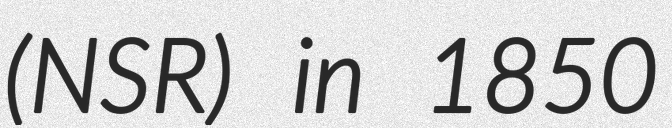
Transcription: (NSR) in 1850